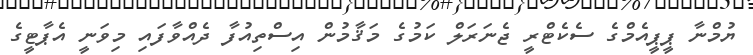
ޔުމްނާ ޕީޕީއެމްގެ ސެކެޓްރީ ޖެނަރަލް ކަމުގެ މަޤާމުން އިސްތިއުފާ ދެއްވާފައި މިވަނީ އެޕާޓީގެ